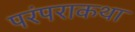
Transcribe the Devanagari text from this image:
परंपराकथा